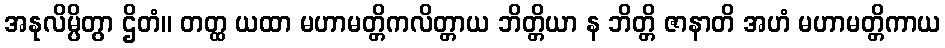
အနုလိမ္ပိတွာ ဌိတံ။ တတ္ထ ယထာ မဟာမတ္တိကလိတ္တာယ ဘိတ္တိယာ န ဘိတ္တိ ဇာနာတိ အဟံ မဟာမတ္တိကာယ